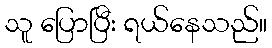
သူ ပြောပြီး ရယ်နေသည်။